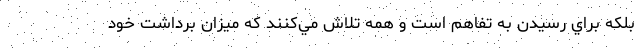
بلكه براي رسيدن به تفاهم است و همه تلاش مي‌كنند كه ميزان برداشت خود